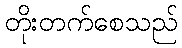
တိုးတက်စေသည်